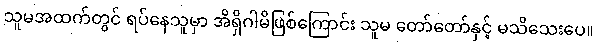
သူမအထက်တွင် ရပ်နေသူမှာ အိရှိဂါမိဖြစ်ကြောင်း သူမ တော်တော်နှင့် မသိသေးပေ။